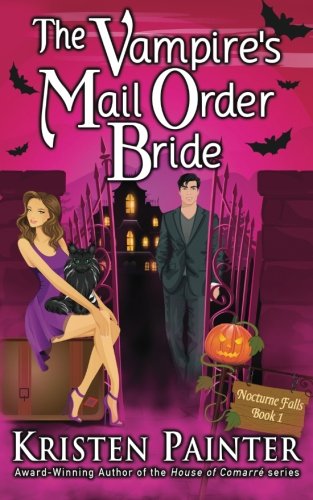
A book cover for The Vampire's Mail Order Bride (Nocturne Falls) (Volume 1); Kristen Painter; Romance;